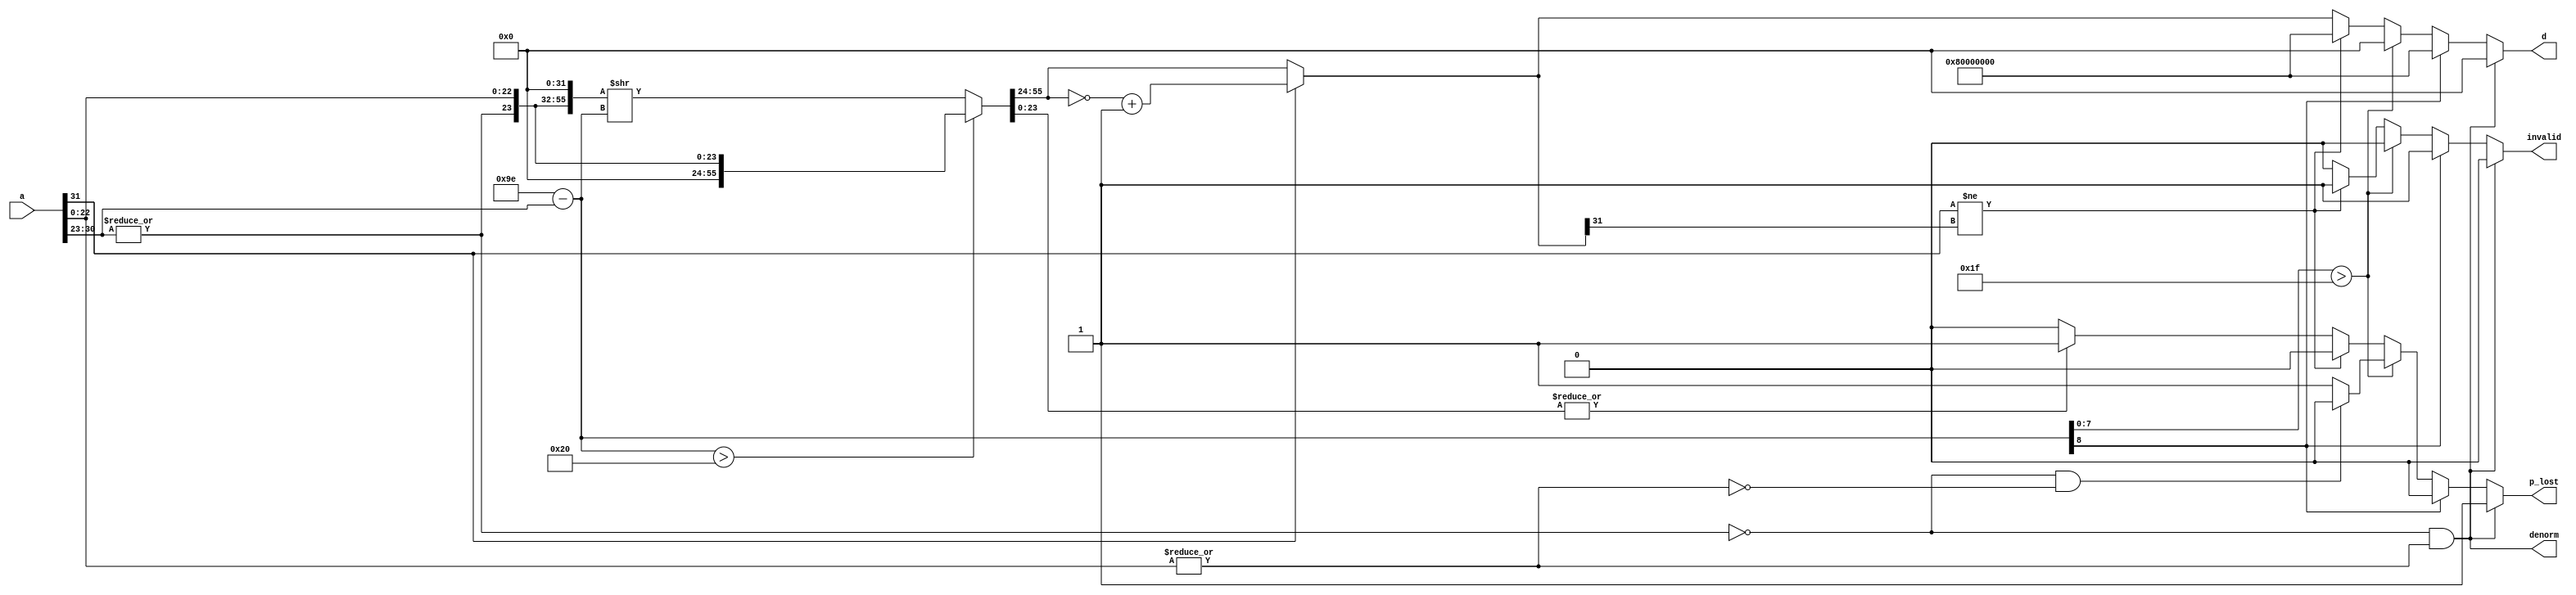
module float_to_integer(
  input[31:0]      a,
  output reg[31:0] d,
  output reg       p_lost,
  output           denorm,
  output reg       invalid
);

wire hidden_bit = |a[30:23]; // 0.XXX if exponent is zero otherwire, 1.XXX
wire frac_is_not_0 = |a[22:0];
assign denorm = ~hidden_bit & frac_is_not_0;
wire is_zero = ~hidden_bit & ~frac_is_not_0;
wire sign = a[31];
wire[8:0] shift_right_bits = 9'd158 - {1'b0, a[30:23]};
wire[55:0] frac0 = {hidden_bit, a[22:0], 32'h0};
wire[55:0] f_abs = (shift_right_bits > 9'd32) ? frac0 >> 6'd32 : frac0 >> shift_right_bits;
wire lost_bits = |f_abs[23:0];
wire[31:0] int32 = sign ? ~f_abs[55:24] + 32'd1 : f_abs[55:24];
always @* begin
  if(denorm) begin
    p_lost = 1;
    invalid = 0;
    d = 32'h0;
  end else begin
    if(shift_right_bits[8]) begin // too big
      p_lost = 0;
      invalid = 1;
      d = 32'h80000000;
    end else begin
      if(shift_right_bits[7:0] > 8'h1f) begin // too small
        if(is_zero)
          p_lost = 0;
        else
          p_lost = 1;
        invalid = 0;
        d = 32'h0;
      end else begin
        if(sign != int32[31]) begin
          p_lost = 0;
          invalid = 1;
          d = 32'h80000000;
        end else begin
          if(lost_bits)
            p_lost = 1;
          else
            p_lost = 0;
          invalid = 0;
          d = int32;
        end
      end
    end
  end
end

endmodule